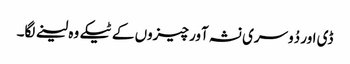
ڈی اور دُوسری نشہ آور چیزوں کے ٹیکے وہ لینے لگا۔